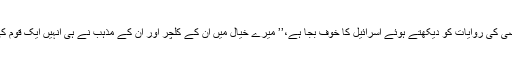
کاسترو نے کہا کہ ماضی کی روایات کو دیکھتے ہوئے اسرائیل کا خوف بجا ہے،’’ میرے خیال میں ان کے کلچر اور ان کے مذہب نے ہی انہیں ایک قوم کی طرح متحد رکھا ہے۔